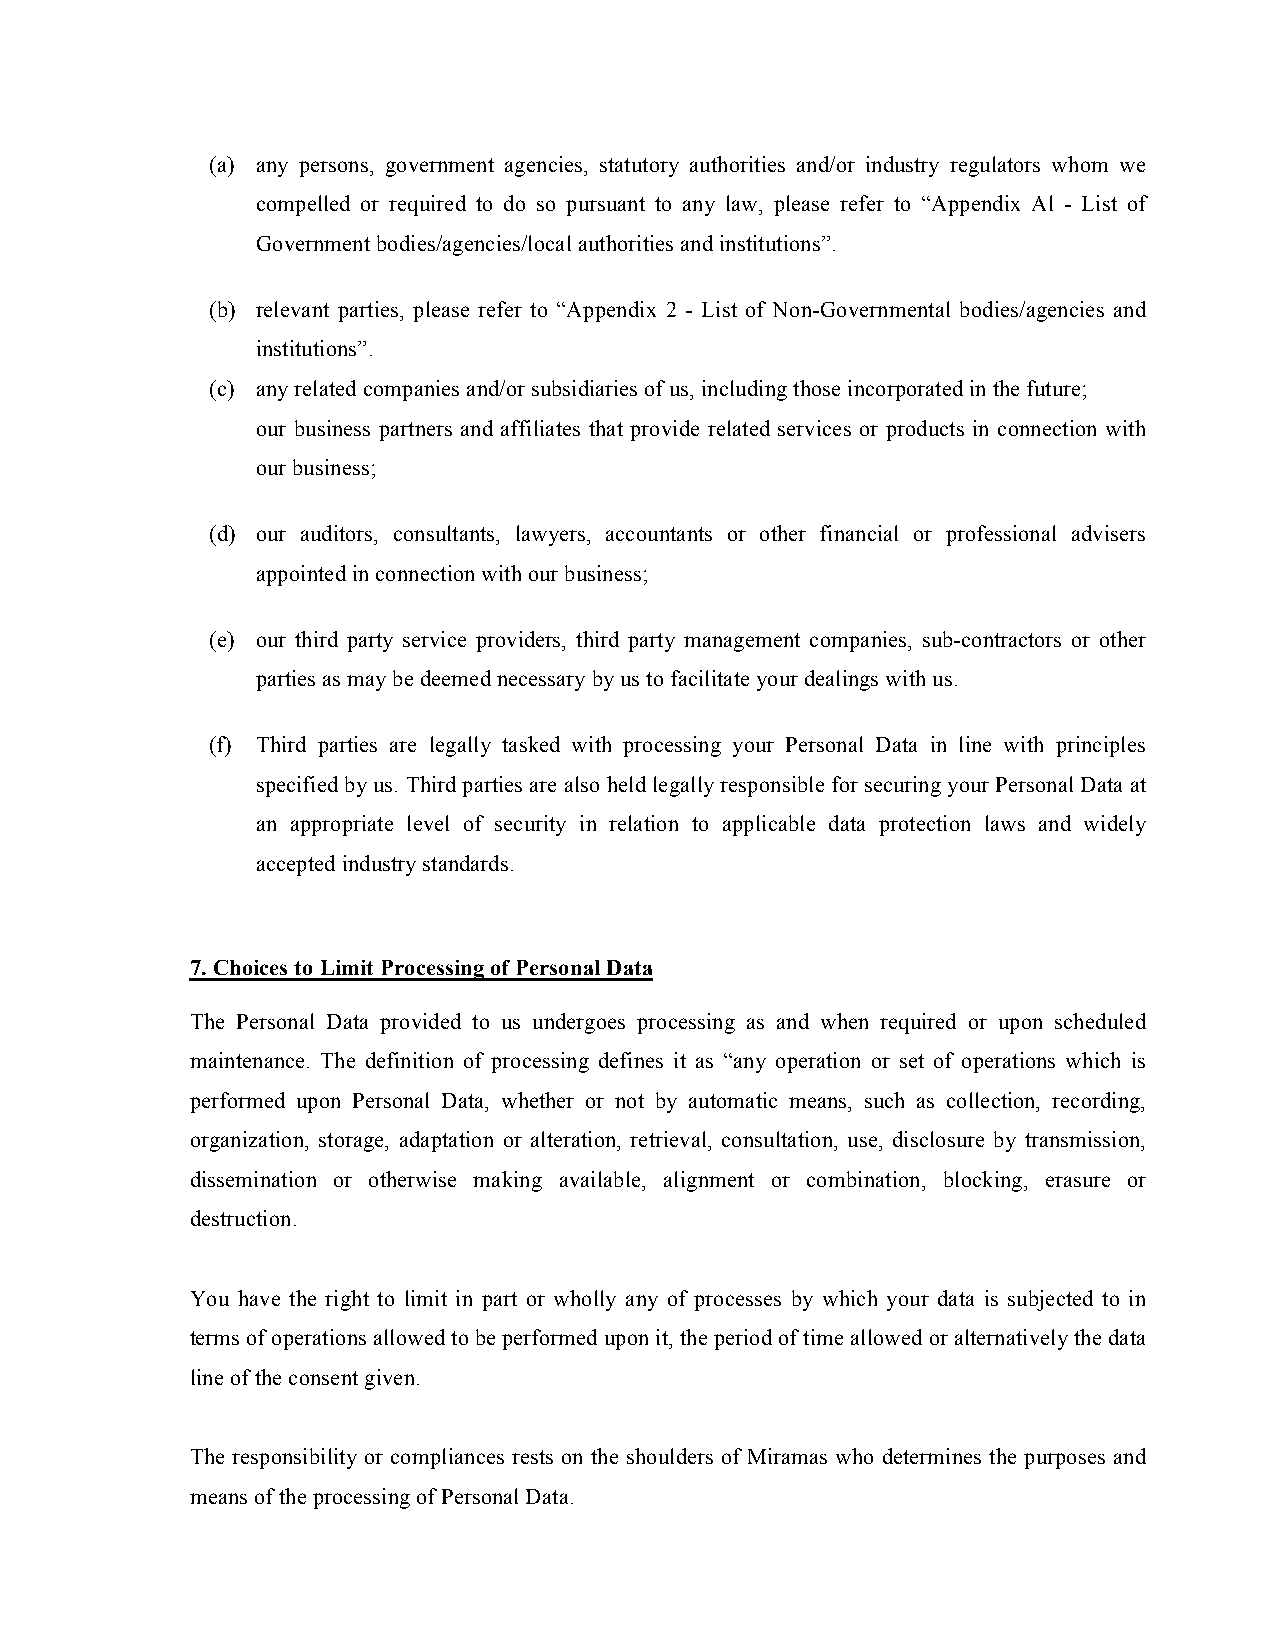
(a) any persons, government agencies, statutory authorities and/or industry regulators whom we
 compelled or required to do so pursuant to any law, please refer to “Appendix Al - List of
 Government bodies/agencies/local authorities and institutions”.
 (b) relevant parties, please refer to “Appendix 2 - List of Non-Governmental bodies/agencies and
 institutions”.
 (c) any related companies and/or subsidiaries of us, including those incorporated in the future;
 our business partners and affiliates that provide related services or products in connection with
 our business;
 (d) our auditors, consultants, lawyers, accountants or other financial or professional advisers
 appointed in connection with our business;
 (e) our third party service providers, third party management companies, sub-contractors or other
 parties as may be deemed necessary by us to facilitate your dealings with us.
 (f) Third parties are legally tasked with processing your Personal Data in line with principles
 specified by us. Third parties are also held legally responsible for securing your Personal Data at
 an appropriate level of security in relation to applicable data protection laws and widely
 accepted industry standards.
 7. Choices to Limit Processing of Personal Data
 The Personal Data provided to us undergoes processing as and when required or upon scheduled
 maintenance. The definition of processing defines it as “any operation or set of operations which is
 performed upon Personal Data, whether or not by automatic means, such as collection, recording,
 organization, storage, adaptation or alteration, retrieval, consultation, use, disclosure by transmission,
 dissemination or otherwise making available, alignment or combination, blocking, erasure or
 destruction.
 You have the right to limit in part or wholly any of processes by which your data is subjected to in
 terms of operations allowed to be performed upon it, the period of time allowed or alternatively the data
 line of the consent given.
 The responsibility or compliances rests on the shoulders of Miramas who determines the purposes and
 means of the processing of Personal Data.